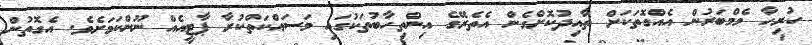
ހުރިހާ މެމްބަރުން އެއްގޮތަކަށް ތާއިދުކޮށްގެން އެތެރޭގެ އިންތިހާބުތަކުގައި މަސައްކަތްކުރާ ޕާޓީއެއް ނޫންކަމަށެވެ. އެގޮތުން